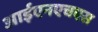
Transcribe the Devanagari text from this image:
आईएनएचएस